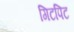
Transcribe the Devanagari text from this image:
गिटपिट